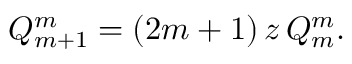
Q _ { m + 1 } ^ { m } = ( 2 m + 1 ) \, z \, Q _ { m } ^ { m } .